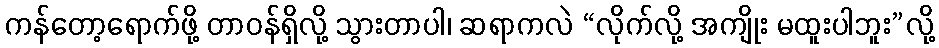
ကန်တော့ရောက်ဖို့ တာဝန်ရှိလို့ သွားတာပါ၊ ဆရာကလဲ “လိုက်လို့ အကျိုး မထူးပါဘူး”လို့